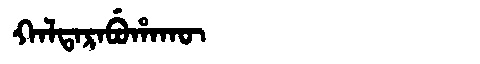
Manchu: ᡴᠠᠯᡨᠠᡵᠠᠪᡠᡥᠠᡴᡡ
Romanization: KALTARABUHAKŪ